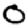
Digit: 0